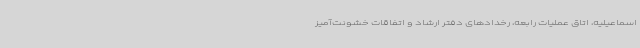
اسماعیلیه، اتاق عملیات رابعه، رخدادهای دفتر ارشاد و اتفاقات خشونت‌آمیز